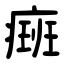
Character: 㿀